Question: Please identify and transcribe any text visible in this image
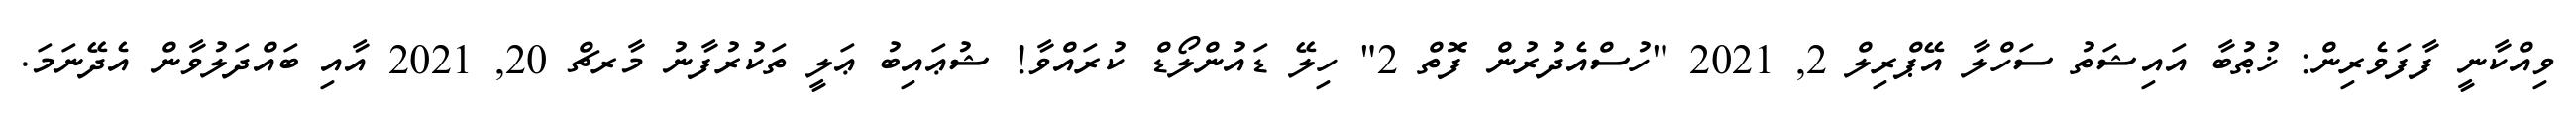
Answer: ވިއްކާނީ ފާފަވެރިން: ޚުޠުބާ އައިޝަތު ސަހްލާ އޭޕްރިލް 2, 2021 "ހުސްއެދުރުން ފޮތް 2" ހިލޭ ޑައުންލޯޑް ކުރައްވާ! ޝުޢައިބު ޢަލީ ތަކުރުފާނު މާރޗް 20, 2021 އާއި ބައްދަލުވާން އެދޭނަމަ.